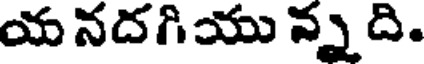
య నదగియు న్న ది.